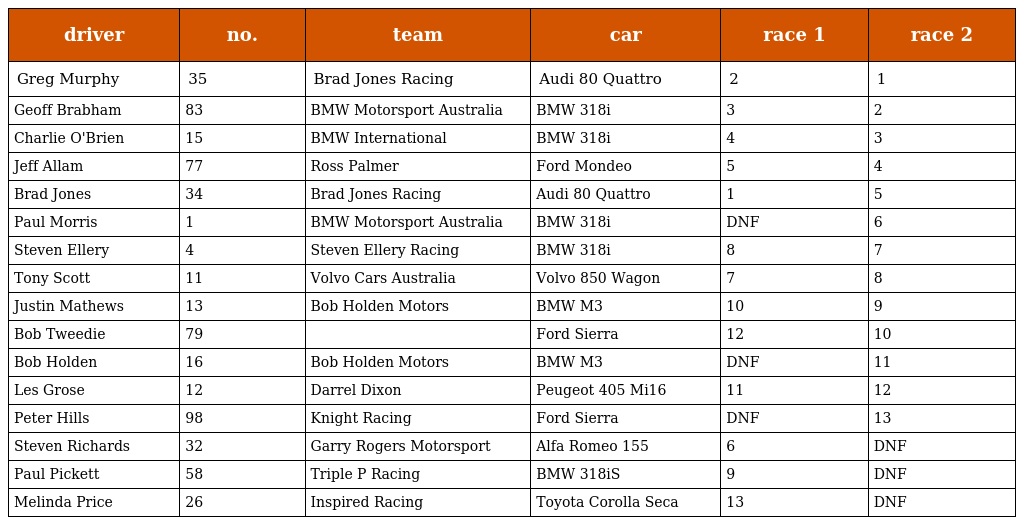
| driver | no. | team | car | race 1 | race 2 |
 | --- | --- | --- | --- | --- | --- |
 | Greg Murphy | 35 | Brad Jones Racing | Audi 80 Quattro | 2 | 1 |
 | Geoff Brabham | 83 | BMW Motorsport Australia | BMW 318i | 3 | 2 |
 | Charlie O'Brien | 15 | BMW International | BMW 318i | 4 | 3 |
 | Jeff Allam | 77 | Ross Palmer | Ford Mondeo | 5 | 4 |
 | Brad Jones | 34 | Brad Jones Racing | Audi 80 Quattro | 1 | 5 |
 | Paul Morris | 1 | BMW Motorsport Australia | BMW 318i | DNF | 6 |
 | Steven Ellery | 4 | Steven Ellery Racing | BMW 318i | 8 | 7 |
 | Tony Scott | 11 | Volvo Cars Australia | Volvo 850 Wagon | 7 | 8 |
 | Justin Mathews | 13 | Bob Holden Motors | BMW M3 | 10 | 9 |
 | Bob Tweedie | 79 |  | Ford Sierra | 12 | 10 |
 | Bob Holden | 16 | Bob Holden Motors | BMW M3 | DNF | 11 |
 | Les Grose | 12 | Darrel Dixon | Peugeot 405 Mi16 | 11 | 12 |
 | Peter Hills | 98 | Knight Racing | Ford Sierra | DNF | 13 |
 | Steven Richards | 32 | Garry Rogers Motorsport | Alfa Romeo 155 | 6 | DNF |
 | Paul Pickett | 58 | Triple P Racing | BMW 318iS | 9 | DNF |
 | Melinda Price | 26 | Inspired Racing | Toyota Corolla Seca | 13 | DNF |